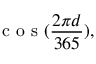
\mathrm { ~ c ~ o ~ s ~ } ( \frac { 2 \pi d } { 3 6 5 } ) ,